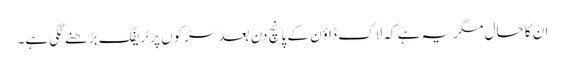
ان کا حال مگر یہ ہے کہ لاک ڈاؤن کے پانچ دن بعد سڑکوں پر ٹریفک بڑھنے لگی ہے۔